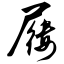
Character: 屦